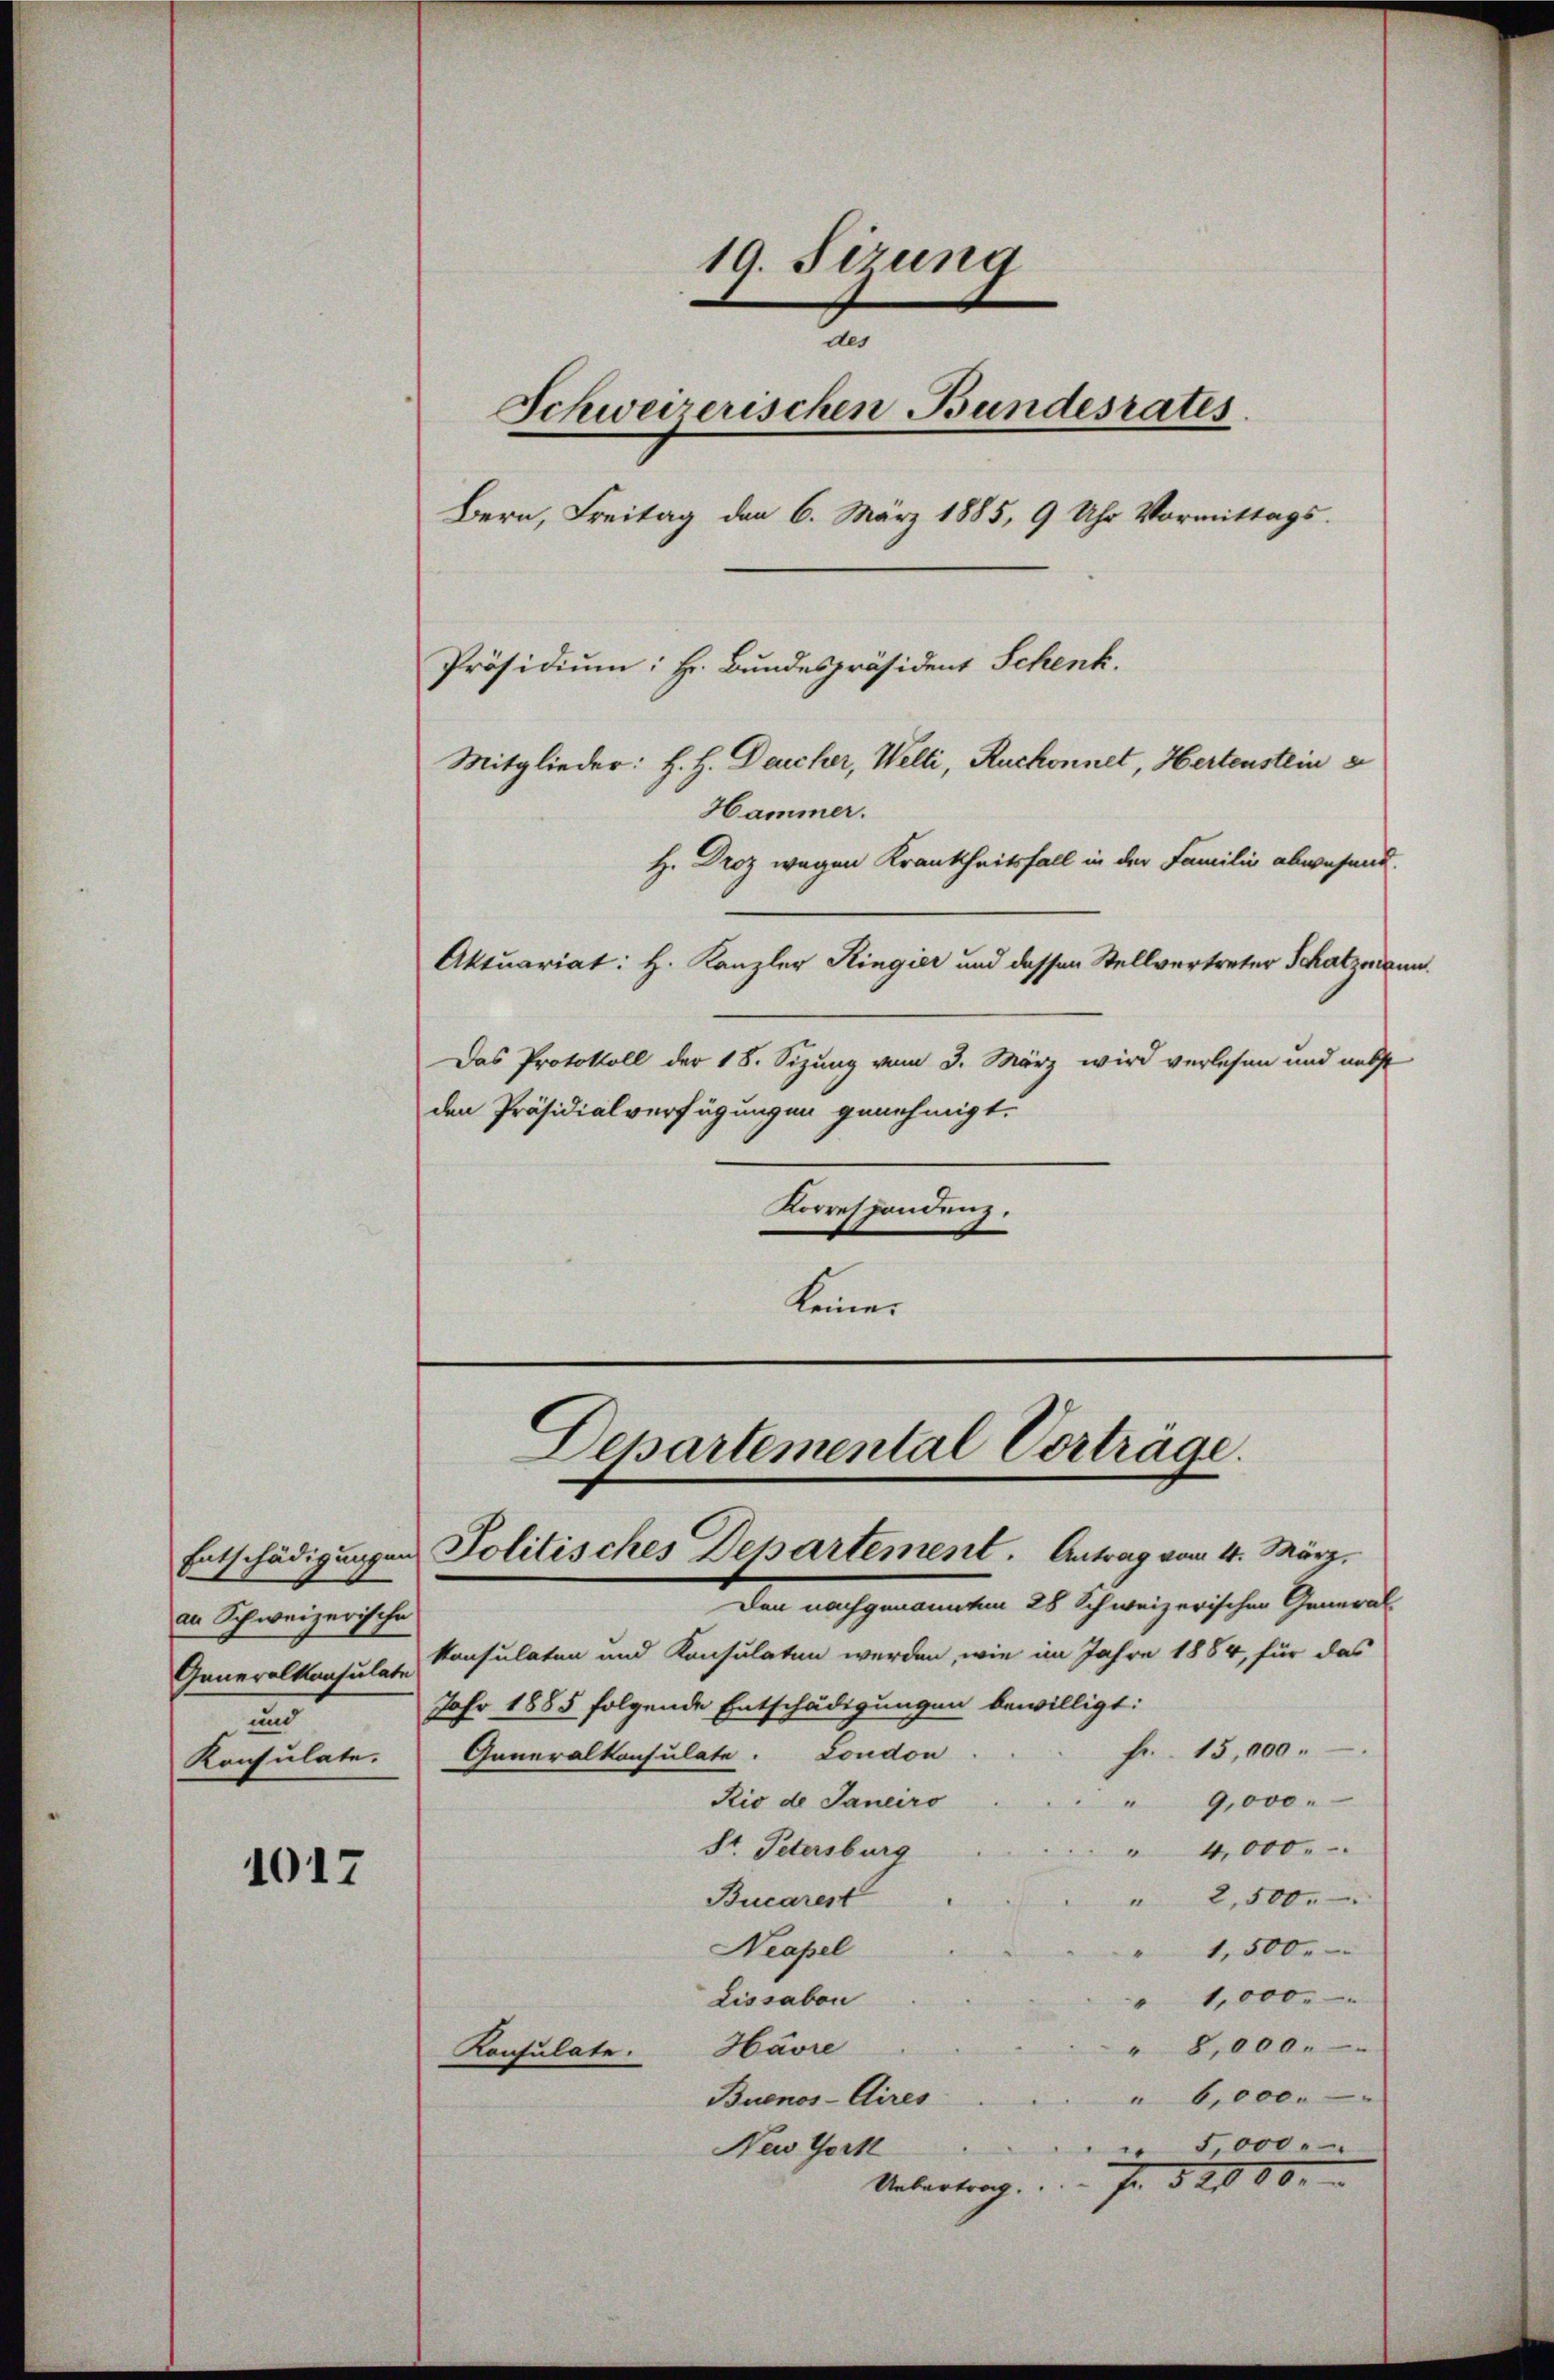
Entschädigungen
an Schweizerische
Generalkonsulate
und
Konsulate.

1017

19. Sizung
t
Schweizerischen Bundesrates.
Bern, Freitag den 6. März 1885, 9 Uhr Vormittags.
Präsidium: Hr. Bundespräsident Schenk.
Mitglieder: H. H. Deucher, Welti, Ruckonnet, Hertenstein
Hammer.
H. Droz wegen Krankheitsfall in der Familie abwesend.
Aktuariat: H. Kanzler Ringier und dessen Stellvertreter Schatzmann

Das Protokoll der 18. Sizung vom 3. März wird verlesen und nebst
den Präsidialverfügungen genehmigt.
Korrespondenz.
keiner

Departemental Vorträge.
Politisches Departement. Antrag vom 4. März.

Den nach genannten 26 Schweizerischen Gemei
konsulaten und Konsulaten werden, wie im Jahre 1884, für das
Jahr 1885 folgende Entschädigungen bewilligt:
Fr. 15,000.
Generalkonsulate. London
Rio de Janeiro
" 9,000.
St. Petersburg
" 4,000.
Bucarest
" 2,500.
Neapel
" 1,500.
1,000.
Lissabon
" 8,000.
Havre
Konsulate.
" 6,000.
Buenos-Aires
 5,000.
New York
f 52080
Uebertrag.